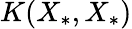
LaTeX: K(X_{*},X_{*})